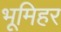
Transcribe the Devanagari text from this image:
भूमिहर